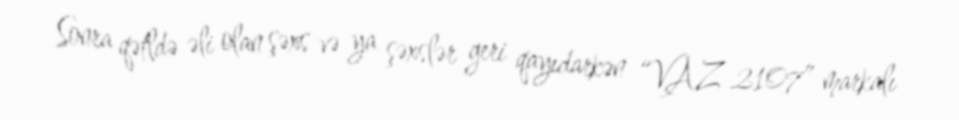
Sonra qətldə əli olan şəxs və ya şəxslər geri qayıdarkən “VAZ-2107” markalı